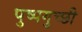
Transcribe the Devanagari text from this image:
पुष्पगुच्छी